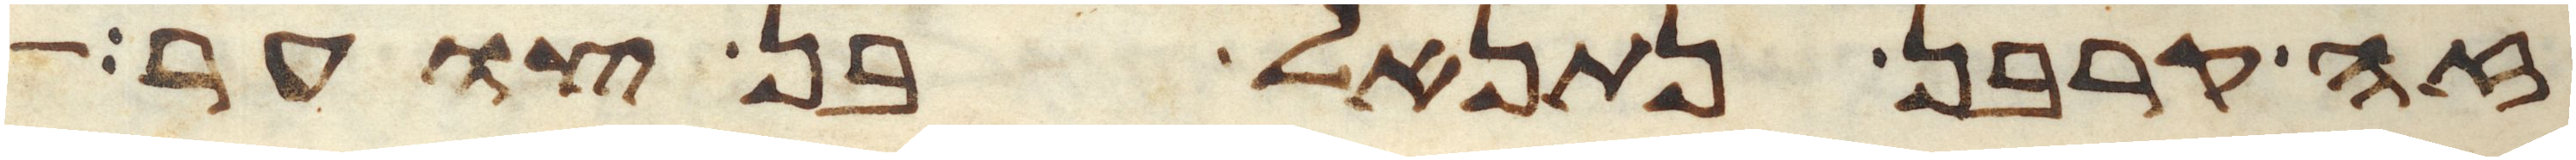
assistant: זה קרבן נתנאל בן צוער